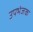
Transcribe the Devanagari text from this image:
उपभंजक